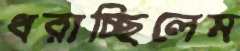
ধরাচ্ছিলেম